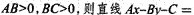
$$A B > 0$$，$$B C > 0$$，则直线$$A x - B y - C =